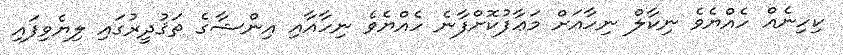
ކިހިނެއް ހެއްޔެވެ ނިކާލް ނިހާއަށް މަޢާފުކޮށްފާނެ ހެއްޔެވެ ނިހާއާއި އިންޝާގެ ތަޤުދީރުގައި ލިޔެވިފައި